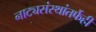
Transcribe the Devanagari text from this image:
नाट्यसंस्थांतर्फेही